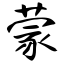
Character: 蒙